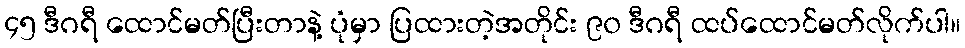
၄၅ ဒီဂရီ ထောင်မတ်ပြီးတာနဲ့ ပုံမှာ ပြထားတဲ့အတိုင်း ၉၀ ဒီဂရီ ထပ်ထောင်မတ်လိုက်ပါ။